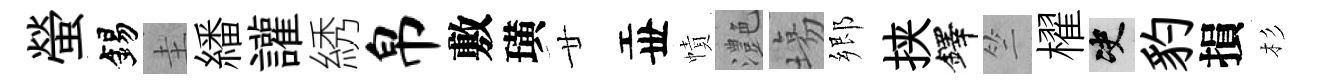
螢錫圭繙讙綉帛敷璜廿丗幘灔塲郷挟鐸竺櫂决豹損杉